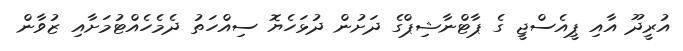
އުރީދޫ އާއި ޕީއެސްޖީ ގެ ޕާޓްނާޝިޕްގެ ދަށުން ދުޅަހެޔޮ ސިއްހަތު ދެމެހެއްޓުމަށާއި ޒުވާން